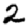
Digit: 2